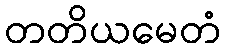
တတိယမေတံ